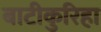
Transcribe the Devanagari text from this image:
बाटीकुरिहा